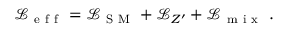
\mathcal { L } _ { \mathrm { ~ e ~ f ~ f ~ } } = \mathcal { L } _ { \mathrm { ~ S ~ M ~ } } + \mathcal { L } _ { Z ^ { \prime } } + \mathcal { L } _ { \mathrm { ~ m ~ i ~ x ~ } } \; .